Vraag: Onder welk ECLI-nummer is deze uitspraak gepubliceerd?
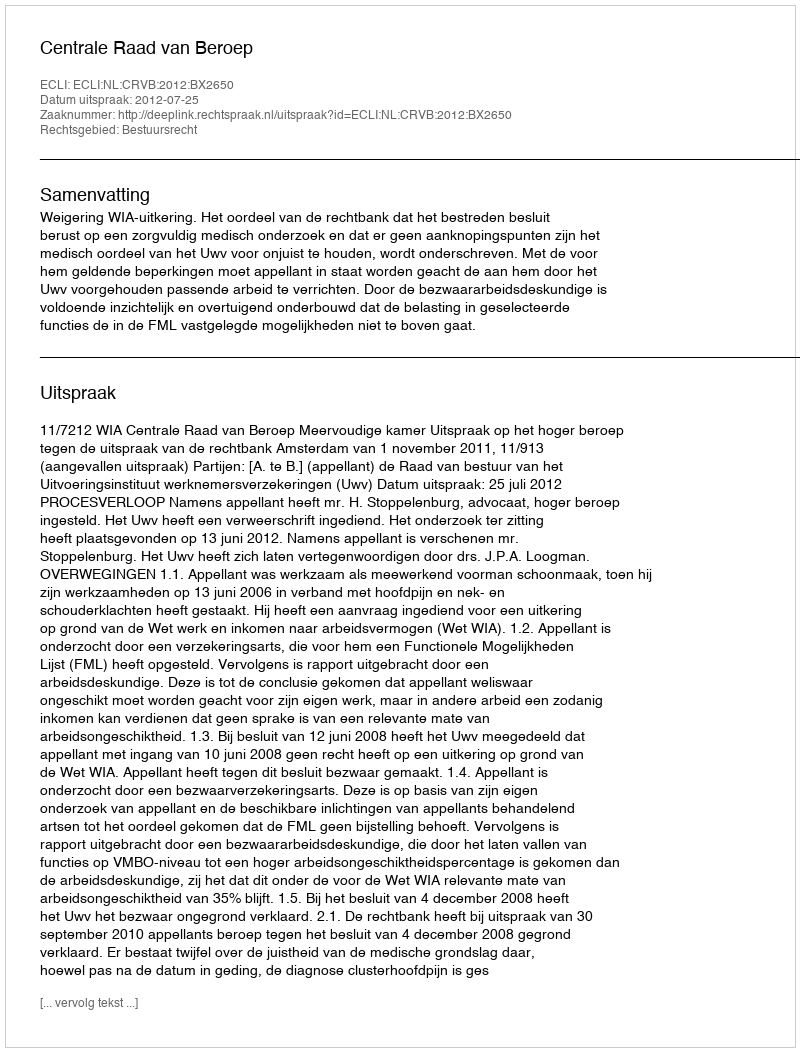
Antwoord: ECLI:NL:CRVB:2012:BX2650